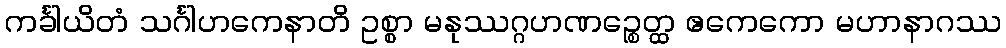
ကင်္ခါယိတံ သင်္ဂါဟကေနာတိ ဥစ္စာ မနုဿဂ္ဂဟဏဉ္စေတ္ထ ဧကေကော မဟာနာဂဿ